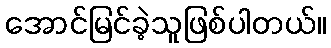
အောင်မြင်ခဲ့သူဖြစ်ပါတယ်။